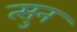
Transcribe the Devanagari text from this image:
त्सुन